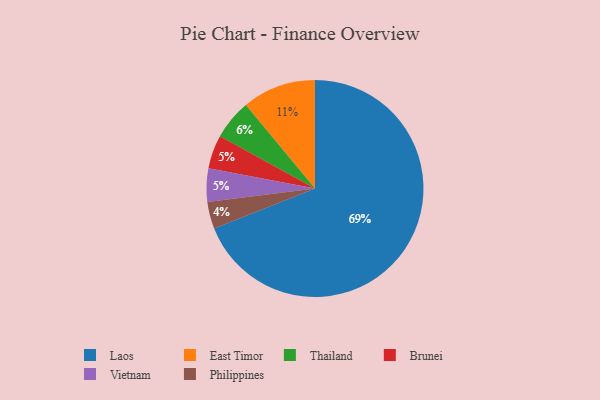
{"axis": {"x": "Category", "y": "Percentage"}, "legend": ["Brunei", "East Timor", "Laos", "Philippines", "Thailand", "Vietnam"], "data": [{"x": "Philippines", "y": 4, "type": "Philippines"}, {"x": "East Timor", "y": 11, "type": "East Timor"}, {"x": "Brunei", "y": 5, "type": "Brunei"}, {"x": "Vietnam", "y": 5, "type": "Vietnam"}, {"x": "Laos", "y": 69, "type": "Laos"}, {"x": "Thailand", "y": 6, "type": "Thailand"}]}